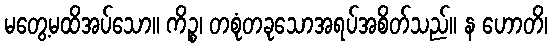
မတွေ့မထိအပ်သော။ ကိဉ္စ၊ တစုံတခုသောအရပ်အစိတ်သည်။ န ဟောတိ၊